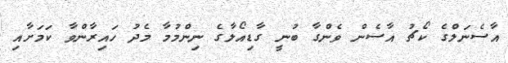
އާސެނަލްގެ ކޯޗު އާސެން ވެންގާ ބުނީ ގާޑިއޯލާގެ ނިންމުމާ މެދު ހައިރާންވާ ކަމަށާއި